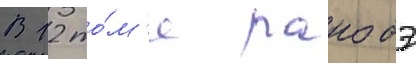
В 12 то́м'е ранобэ